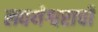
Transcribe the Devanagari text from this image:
लवथेश्वराची